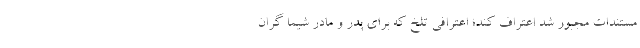
مستندات مجبور شد اعتراف کند؛ اعترافی تلخ که برای پدر و مادر شیما گران